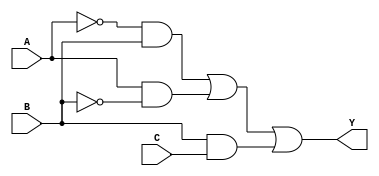
module combinational_logic_block (
    input wire A,   // Input variable A
    input wire B,   // Input variable B
    input wire C,   // Input variable C
    output wire Y   // Output variable Y
);

// Minimized logic expression derived from the original function
// For example, let's assume the minimized expression is: Y = A'B + AB' + BC
assign Y = (~A & B) | (A & ~B) | (B & C);

endmodule